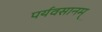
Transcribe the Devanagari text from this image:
पर्यवसानम्